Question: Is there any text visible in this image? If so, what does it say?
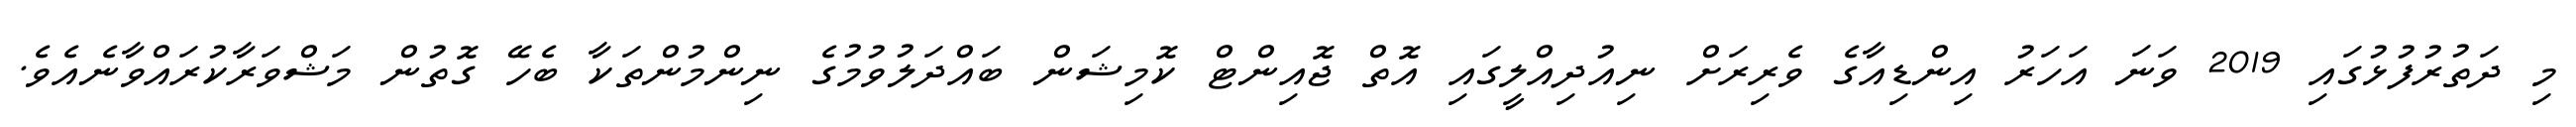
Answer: މި ދަތުރުފުޅުގައި 2019 ވަނަ އަހަރު އިންޑިއާގެ ވެރިރަށް ނިއުދިއްލީގައި އޮތް ޖޮއިންޓް ކޮމިޝަން ބައްދަލުވުމުގެ ނިންމުންތަކާ ބެހޭ ގޮތުން މަޝްވަރާކުރައްވާނެއެވެ.